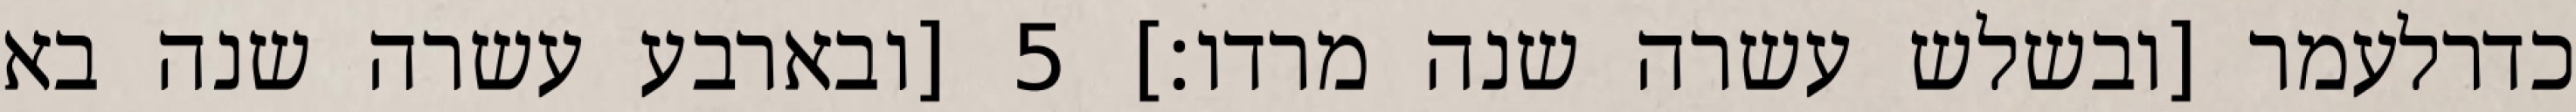
כדרלעמר [ובשלש עשרה שנה מרדו׃] ‎5‏ [ובארבע עשרה שנה בא